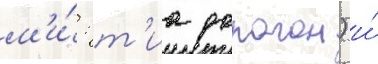
м'и́: т'иа дорагон) и́